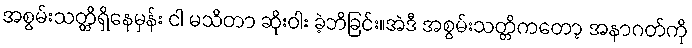
အစွမ်းသတ္တိရှိနေမှန်း ငါ မသိတာ ဆိုးဝါး ခဲ့ဘိခြင်း။အဲဒီ အစွမ်းသတ္တိကတော့ အနာဂတ်ကို